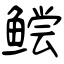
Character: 鲿